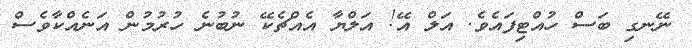
ނޭނގި ބަސް ހުއްޓިފައެވެ. އަލް އޭ! އަލްޔާ އެއްޗެކޭ ނުބުނެ ހުރުމުން އަނެއްކާވެސް